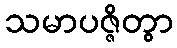
သမာပဇ္ဇိတွာ